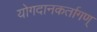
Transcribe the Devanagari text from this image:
योगदानकर्तागण्